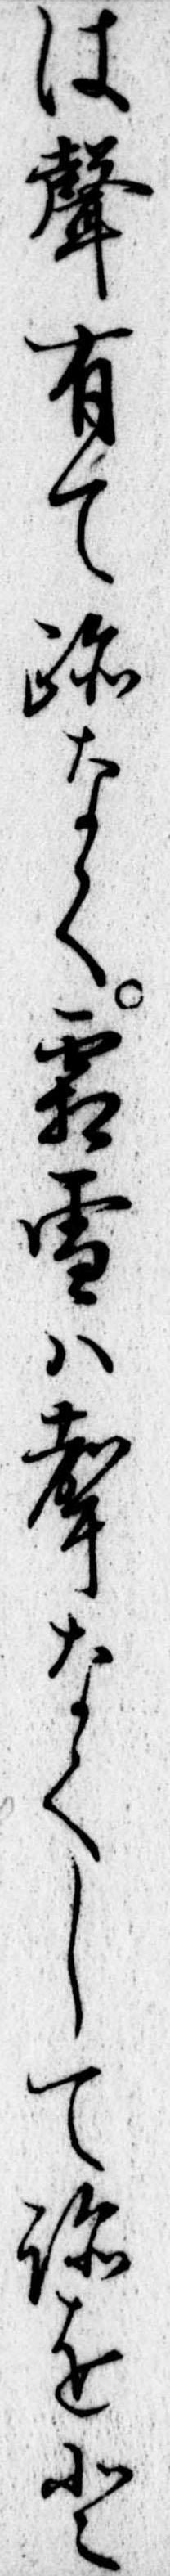
は声有て跡なく霜雪は声なくして跡をと